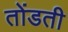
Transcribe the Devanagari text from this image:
तोंडती